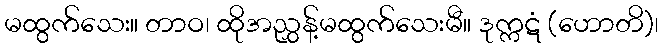
မထွက်သေး။ တာဝ၊ ထိုအညွှန့်မထွက်သေးမီ။ ဒုက္ကဋံ (ဟောတိ)၊